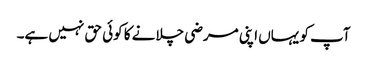
آپ کو یہاں اپنی مرضی چلانے کا کوئی حق نہیں ہے۔